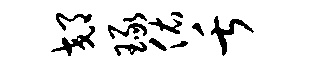
郊琢佑舌